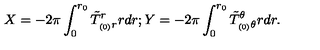
X = - 2 \pi \int _ { 0 } ^ { r _ { 0 } } \tilde { T } _ { _ { ( 0 ) } r } ^ { r } r d r ; Y = - 2 \pi \int _ { 0 } ^ { r _ { 0 } } \tilde { T } _ { _ { ( 0 ) } \theta } ^ { \theta } r d r .